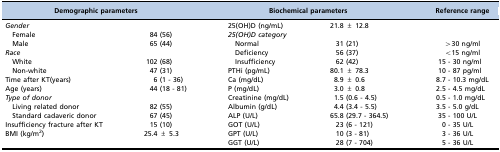
<table><thead><tr><td colspan="2"><b>Demographic parameters</b></td><td colspan="2"><b>Biochemical parameters</b></td><td><b>Reference range</b></td></tr></thead><tbody><tr><td><i>Gender</i></td><td></td><td>25(OH)D (ng/mL)</td><td>21.8 ± 12.8</td><td></td></tr><tr><td> Female</td><td>84 (56)</td><td><i>25(OH)D category</i></td><td></td><td></td></tr><tr><td> Male</td><td>65 (44)</td><td> Normal</td><td>31 (21)</td><td>&gt;30 ng/ml</td></tr><tr><td><i>Race</i></td><td></td><td> Deficiency</td><td>56 (37)</td><td>&lt;15 ng/ml</td></tr><tr><td> White</td><td>102 (68)</td><td> Insufficiency</td><td>62 (42)</td><td>15 - 30 ng/ml</td></tr><tr><td> Non-white</td><td>47 (31)</td><td>PTHi (pg/mL)</td><td>80.1 ± 78.3</td><td>10 - 87 pg/ml</td></tr><tr><td>Time after KT(years)</td><td>6 (1 - 36)</td><td>Ca (mg/dL)</td><td>8.9 ± 0.6</td><td>8.7 - 10.3 mg/dL</td></tr><tr><td>Age (years)</td><td>44 (18 - 81)</td><td>P (mg/dL)</td><td>3.0 ± 0.8</td><td>2.5 - 4.5 mg/dL</td></tr><tr><td><i>Type of donor</i></td><td></td><td>Creatinine (mg/dL)</td><td>1.5 (0.6 - 4.5)</td><td>0.5 - 1.0 mg/dL</td></tr><tr><td> Living related donor</td><td>82 (55)</td><td>Albumin (g/dL)</td><td>4.4 (3.4 - 5.5)</td><td>3.5 - 5.0 g/dL</td></tr><tr><td> Standard cadaveric donor</td><td>67 (45)</td><td>ALP (U/L)</td><td>65.8 (29.7 - 364.5)</td><td>35 - 100 U/L</td></tr><tr><td>Insufficiency fracture after KT</td><td>15 (10)</td><td>GOT (U/L)</td><td>23 (6 - 121)</td><td>0 - 35 U/L</td></tr><tr><td>BMI (kg/m<sup>2</sup>)</td><td>25.4 ± 5.3</td><td>GPT (U/L)</td><td>10 (3 - 81)</td><td>3 - 36 U/L</td></tr><tr><td></td><td></td><td>GGT (U/L)</td><td>28 (7 - 704)</td><td>5 - 36 U/L</td></tr></tbody></table>